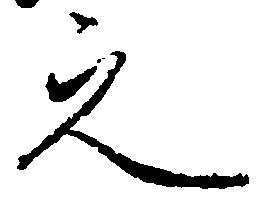
之